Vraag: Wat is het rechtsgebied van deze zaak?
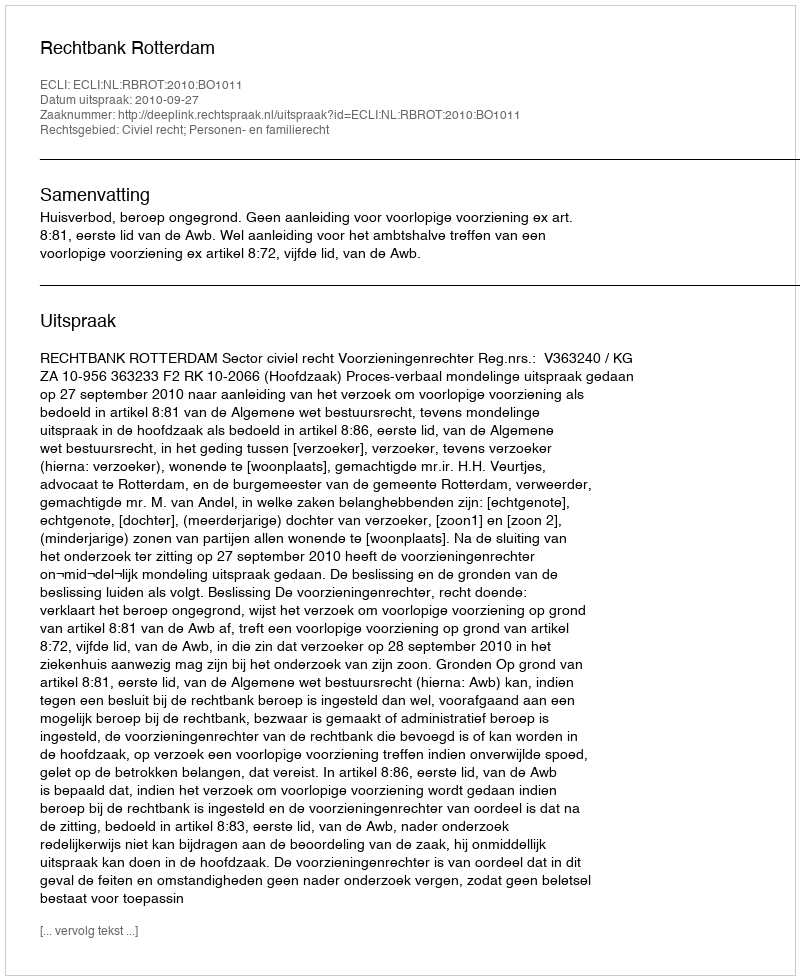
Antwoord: Civiel recht; Personen- en familierecht